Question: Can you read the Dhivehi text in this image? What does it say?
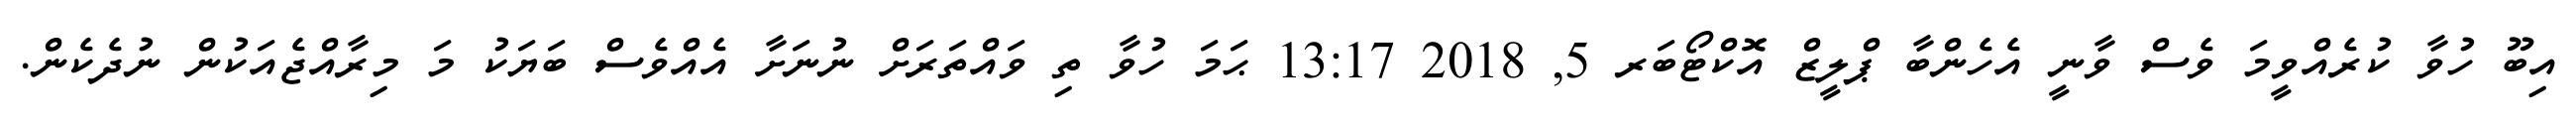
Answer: އިބޫ ހުވާ ކުރެއްވީމަ ވެސް ވާނީ އެހެންބާ ޕްލީޒް އޮކްޓޯބަރ 5, 2018 13:17 ޙަމަ ހުވާ ތި ވައްތަރަށް ނުނަށާ އެއްވެސް ބަޔަކު މަ މިރާއްޖެއަކުން ނުދެކެން.